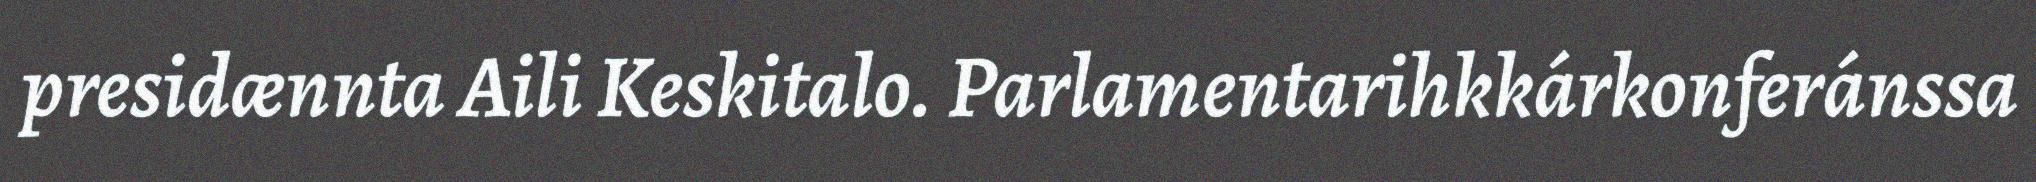
presidænnta Aili Keskitalo. Parlamentarihkkárkonferánssa